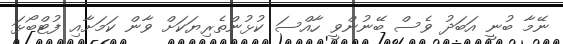
ނޭމާ ބުނީ އަބަދު ވެސް ބޭނުންވީ ހާއްސަ ކުޅުންތެރިޔަކަށް ވާން ކަމަށާއި ފުޓްބޯޅަ